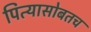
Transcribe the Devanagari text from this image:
पित्यासोबतच